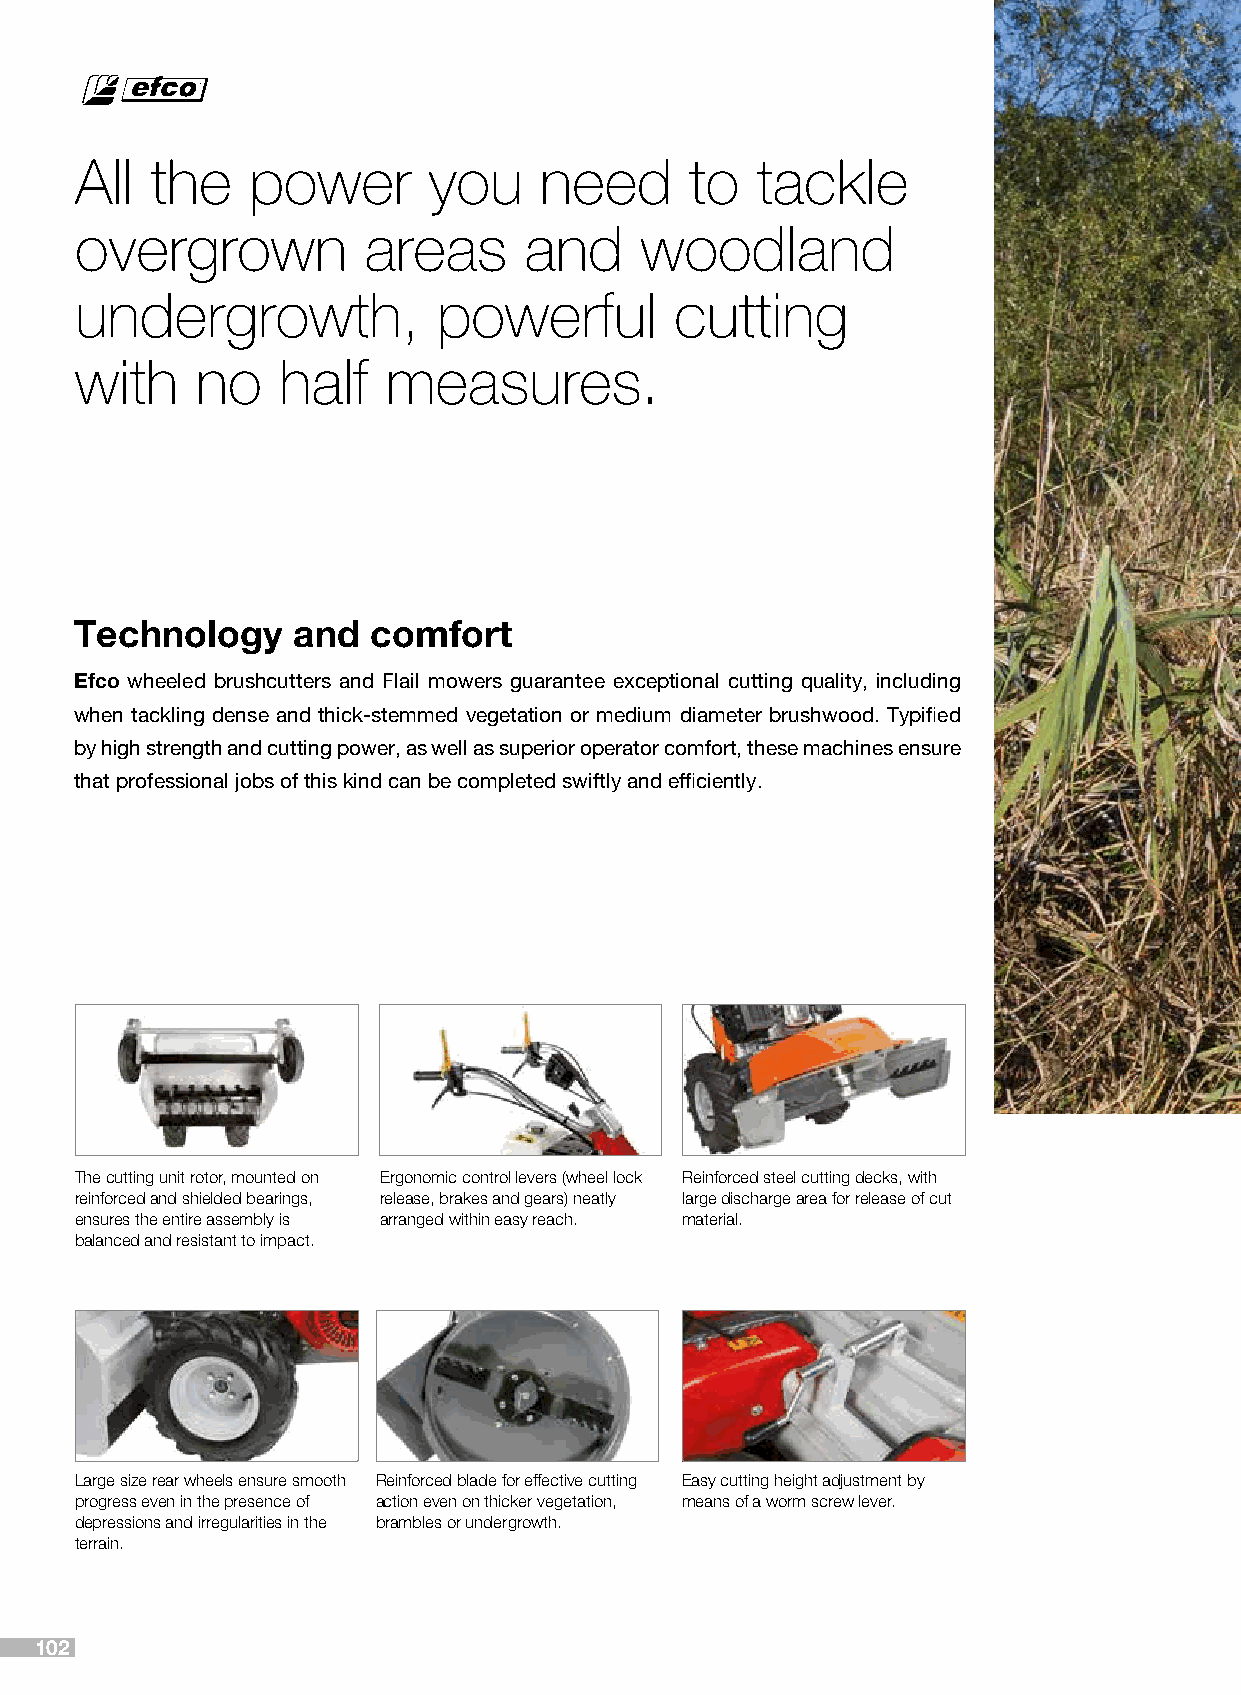
All  the   power       you     need      to  tackle
 overgrown          areas      and    woodland
 undergrowth,            powerful        cutting
 with    no   half    measures.
 Technology    and   comfort
 Efco wheeled brushcutters and Flail mowers guarantee exceptional cutting quality, including
 when tackling dense and thick-stemmed vegetation or medium diameter brushwood. Typified
 by high strength and cutting power, as well as superior operator comfort, these machines ensure
 that professional jobs of this kind can be completed swiftly and efficiently.
 The cutting unit rotor, mounted on Ergonomic control levers (wheel lock Reinforced steel cutting decks, with
 reinforced and shielded bearings, release, brakes and gears) neatly large discharge area for release of cut
 ensures the entire assembly is arranged within easy reach. material.
 balanced and resistant to impact.
 Large size rear wheels ensure smooth Reinforced blade for effective cutting Easy cutting height adjustment by
 progress even in the presence of action even on thicker vegetation, means of a worm screw lever.
 depressions and irregularities in the brambles or undergrowth.
 terrain.
 102